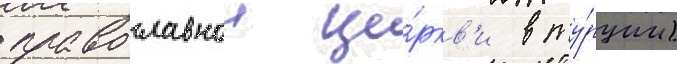
православнои це́ркв'и в ту́рции)